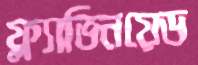
ফ্ল্যাভিনয়েড